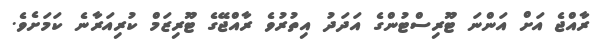
ރާއްޖެ އަށް އަންނަ ޓޫރިސްޓުންގެ އަދަދު އިތުރުވެ ރާއްޖޭގެ ޓޫރިޒަމް ކުރިއަރާނެ ކަމަށެވެ.